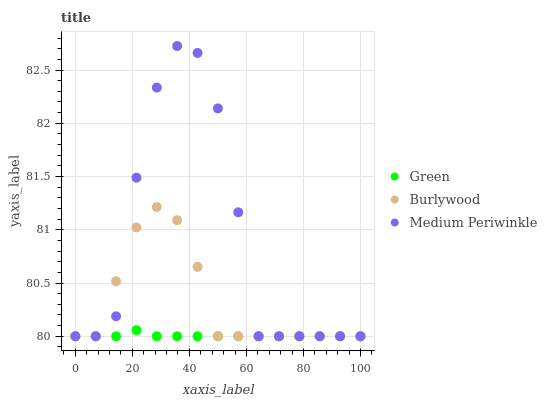
| xaxis_label | Green | Burlywood | Medium Periwinkle |
 | --- | --- | --- | --- |
 | 0 | 80 | 80 | 80 |
 | 7.14 | 80 | 80 | 80 |
 | 14.3 | 80 | 80.5 | 80.2 |
 | 21.4 | 80.1 | 81 | 81.5 |
 | 28.6 | 80 | 81.2 | 82.3 |
 | 35.7 | 80 | 81.1 | 82.7 |
 | 42.9 | 80 | 80.7 | 82.7 |
 | 50 | 80 | 80 | 82.1 |
 | 57.1 | 80 | 80 | 81.2 |
 | 64.3 | 80 | 80 | 80 |
 | 71.4 | 80 | 80 | 80 |
 | 78.6 | 80 | 80 | 80 |
 | 85.7 | 80 | 80 | 80 |
 | 92.9 | 80 | 80 | 80 |
 | 100 | 80 | 80 | 80 |